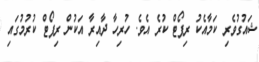
ޝައުގުވެރި ކަމާއެކު ރިޕޯޓް ކުރެ އެވެ. ހުރިހާ ދާއިރާ އަކުން ރިޕޯޓް ކުރުމުގައި